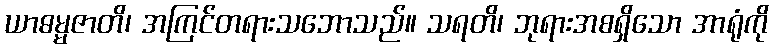
ယာဓမ္မဇာတိ၊ အကြင်တရားသဘောသည်။ သရတိ၊ ဘုရားအစရှိသော အာရုံကို